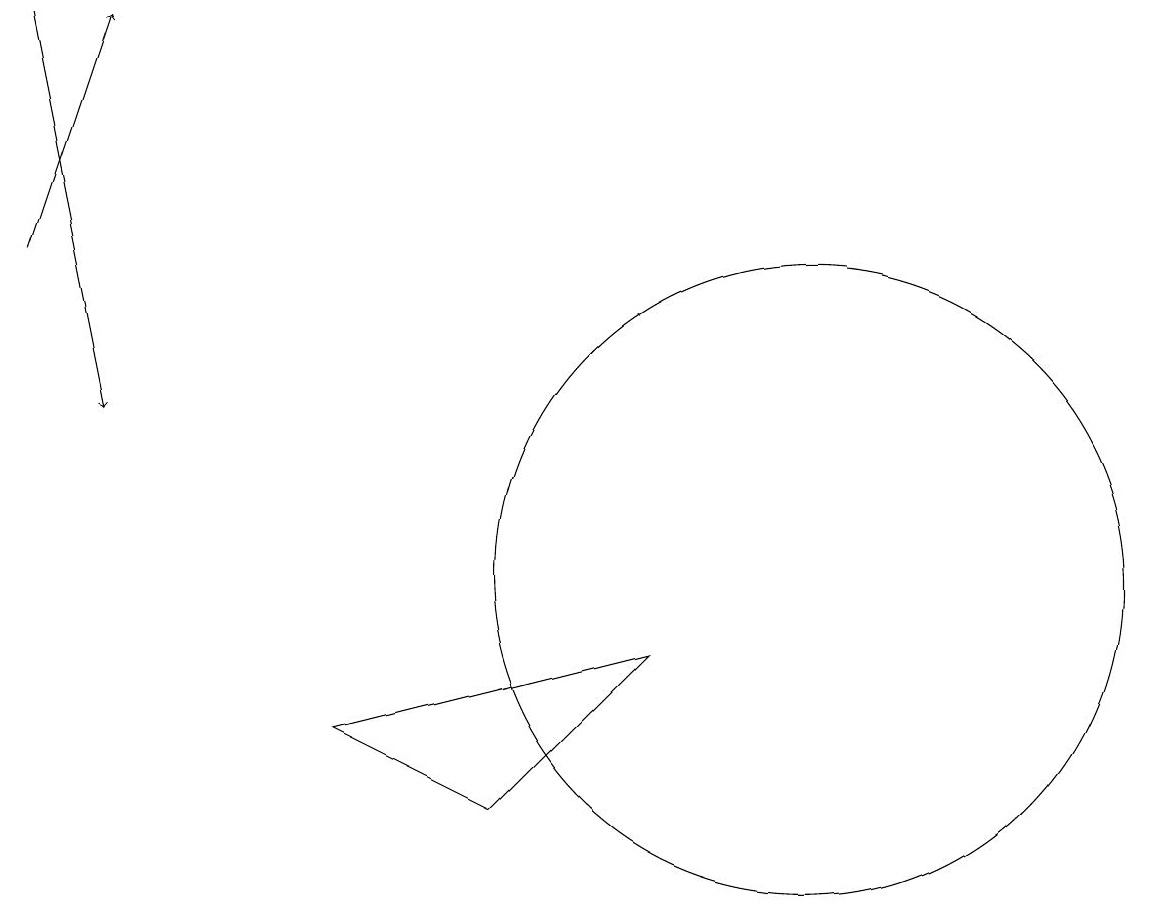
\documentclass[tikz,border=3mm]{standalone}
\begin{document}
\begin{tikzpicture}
\draw[->] (1,14) -- (2,17);
\draw (11,10) circle (4);
\draw[->] (1,17) -- (2,12);
\draw (5,8) -- (9,9) -- (7,7) -- cycle;
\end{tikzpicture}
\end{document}